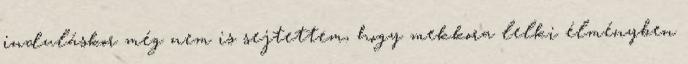
induláskor még nem is sejtettem, hogy mekkora lelki élményben